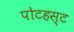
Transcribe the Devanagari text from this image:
पोटहस्ट